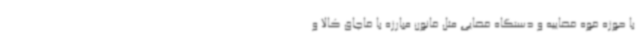
با حوزه قوه قضاییه و دستگاه قضایی مثل قانون مبارزه با قاچاق کالا و